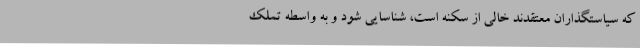
که سیاستگذاران معتقدند خالی از سکنه است، شناسایی شود و به واسطه تملک